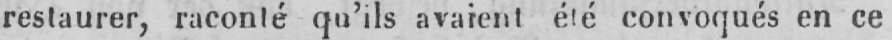
restaurer, raconté qu’ils avaient été convoqués en ce